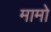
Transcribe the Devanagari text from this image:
मामो